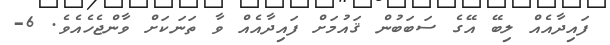
ފައިދާއެއް ލިބޭ އޭގެ ސަބަބުން ޤައުމަށް ފައިދާއެއް ވާ ތަނަކަށް ވާންޖެހެއެވެ. 6-